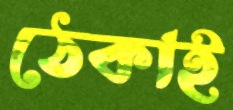
ঠেকাই